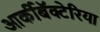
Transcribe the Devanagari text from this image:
आर्कीबॅक्टेरिया